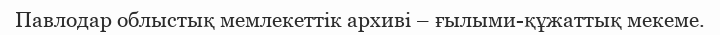
Павлодар облыстық мемлекеттік архиві – ғылыми-құжаттық мекеме.